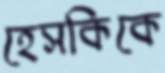
হেসকিকে